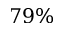
7 9 \%